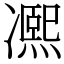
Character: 𠘕